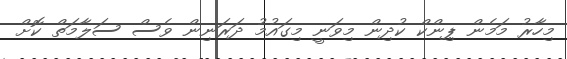
މިހާރު މަމެން ޕިންކް ކުދިން މިވަނީ މިގައުމު ދަރަނިން ވެސް ސަލާމަތް ކޮށް